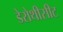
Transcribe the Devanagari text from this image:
डेरोथीसीट